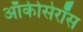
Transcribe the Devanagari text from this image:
ऑकीसेरॉस